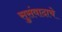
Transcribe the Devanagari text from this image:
सुसंवादाचे